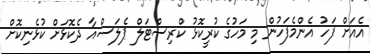
އެއަށް ފަހު އެންމެފަހުން މި މަހުގެ ކުރީކޮޅު ކްރިސްޓަލް ޕެލަސްއާ ދެކޮޅަށް ކުޅެނިކޮށް